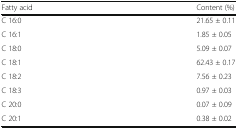
<table><thead><tr><td><b>Fatty acid</b></td><td><b>Content (%)</b></td></tr></thead><tbody><tr><td>C 16:0</td><td>21.65 ± 0.11</td></tr><tr><td>C 16:1</td><td>1.85 ± 0.05</td></tr><tr><td>C 18:0</td><td>5.09 ± 0.07</td></tr><tr><td>C 18:1</td><td>62.43 ± 0.17</td></tr><tr><td>C 18:2</td><td>7.56 ± 0.23</td></tr><tr><td>C 18:3</td><td>0.97 ± 0.03</td></tr><tr><td>C 20:0</td><td>0.07 ± 0.09</td></tr><tr><td>C 20:1</td><td>0.38 ± 0.02</td></tr></tbody></table>